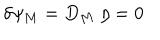
\delta \psi _ { M } = D _ { M } \; \eta = 0